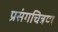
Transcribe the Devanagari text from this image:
प्रसंगचित्रण